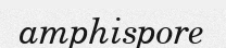
amphispore